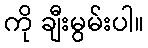
ကို ချီးမွမ်းပါ။